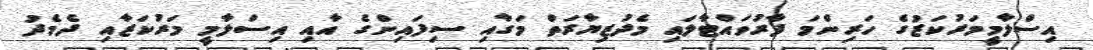
އިސްލާމީމަރުކަޒުގެ ހަރިންމަ ފާރުވައްޓާލައި މެދުޒިޔާރަތް މަގާއި ސިފައިންގެ އާއި އިސްލާމީ މަރުކަޒާއި ދެމެދު